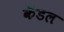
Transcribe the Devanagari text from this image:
कॅडल